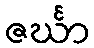
ဇင်္ဃာ